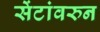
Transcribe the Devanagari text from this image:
सेंटांवरुन